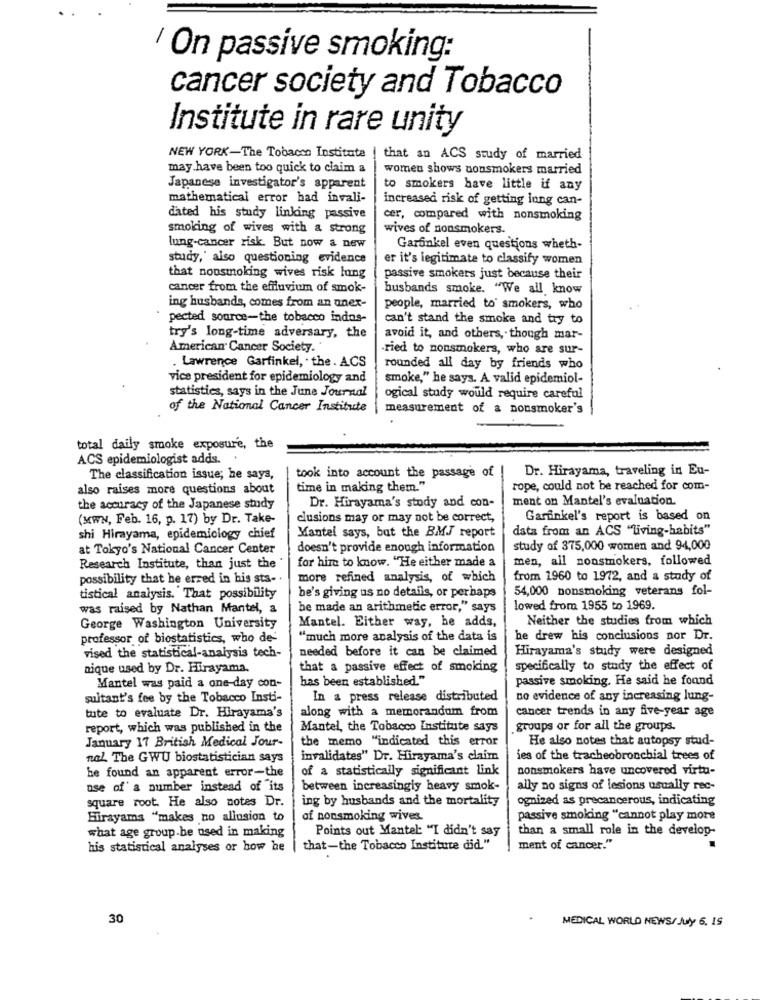
' On passive smoking:
cancer society and Tobacco
Institute in rare unity
NEW YORK-The Tobacco Institute | that an ACS study of married
may have been too quick to claim a
women shows nonsmokers married
Japanese investigator's apparent
to smokers have little if any
mathematical error had invali-
increased risk of getting long can-
dated his study linking passive
cer, compared with nonsmoking
smoking of wives with a strong
wives of nonsmokers ..
lung-cancer risk. But now a new
Garonkel even questions wheth-
study,' also questioning evidence
er it's legitimate to classify women
that nonsmoking wives risk lung
passive smokers just because their
cancer from the effluvium of smok-
busbands smoke. "We all know
ing husbands, comes from an anex-
people, married to smokers, who
pected source-the tobacco indns-
can't stand the smoke and try to
try's long-time adversary, the
avoid it, and others, though mar-
American Cancer Society.
.ried to nonsmokers, who are sur-
. Lawrence Garfinkel, . the . ACS
rounded all day by friends who
vice president for epidemiology and
smoke," he says. A valid epidemiol-
statistics, says in the June Journal
ogical study would require careful
of the National Cancer Institute
measurement of a nonsmoker's
total daily smoke exposure, the
ACS epidemiologist adds.
Dr. Hirayama, traveling in Eu-
The classification issue; he says,
took into account the passage of
also raises more questions about
time in making them."
rope, could not be reached for com-
Dr. Hirayama's study and con-
ment on Mantel's evaluation.
the accuracy of the Japanese study
(MWN, Feb. 16, p. 17) by Dr. Take-
clusions may or may not be correct,
Garfinkel's report is based on
Mantel says, but the BMJ report
data from an ACS "living-habits"
shi Hirayama, epidemiology chief
at Tokyo's National Cancer Center
doesn't provide enough information
study of 375,000 women and 94,000
for him to know. "He either made a
men, all nonsmokers, followed
Research Institute, than just the '
possibility that he erred in his sta- .
more refined analysis, of which
from 1960 to 1972, and a study of
54,000 nonsmoking veterans fol-
tistical analysis. That possibility
he's giving us no details, or perhaps
was raised by Nathan Mantel, a
he made an arithmetic error," says
lowed from 1955 to 1969.
Mantel. Either way, he adds,
Neither the studies from which
George Washington University
professor of biostatistics, who de-
"much more analysis of the data is
he drew his conclusions nor Dr.
needed before it can be claimed
Hirayama's study were designed
vised the statistical-analysis tech-
nique used by Dr. Hirayama.
that a passive effect of smoking
specifically to study the effect of
has been established."
passive smoking. He said he found
Mantel was paid a one-day con-
sultant's fee by the Tobacco Insti-
In a press release distributed
no evidence of any increasing lung-
tute to evaluate Dr. Hirayama's
along with a memorandum from
cancer trends in any five-year age
report, which was published in the
Mantel, the Tobacco Institute says
groups or for all the groups.
the memo "indicated this error
He also notes that autopsy stud-
January 17 British Medical Jour-
nal The GWU biostatistician says
invalidates" Dr. Hirayama's claim
ies of the tracheobronchial trees of
of a statistically significant link
nonsmokers have uncovered virtu-
he found an apparent error-the
use of' a number instead of its
between increasingly heavy smok-
ally no signs of lesions usually rec-
square root. He also notes Dr.
ing by husbands and the mortality
ognized as precancerous, indicating
Hirayams "makes no allusion to
of nonsmoking wives.
passive smoking "cannot play more
Points out Mantel: "I didn't say
than a small role in the develop-
what age group.be used in making
his statistical analyses or how he
that-the Tobacco Institute did."
ment of cancer."
30
MEDICAL WORLD NEWS/ July 6. 15